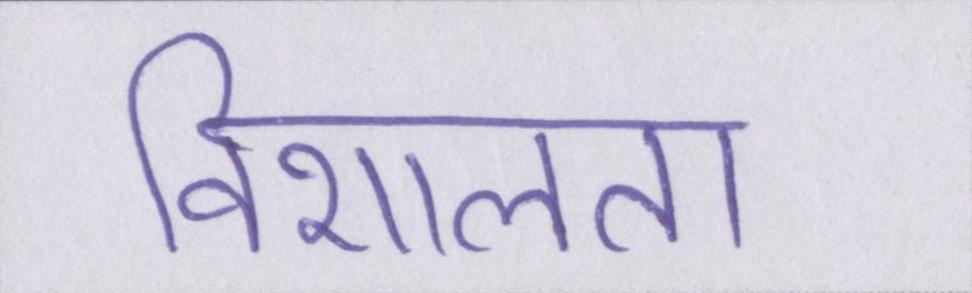
विशालता